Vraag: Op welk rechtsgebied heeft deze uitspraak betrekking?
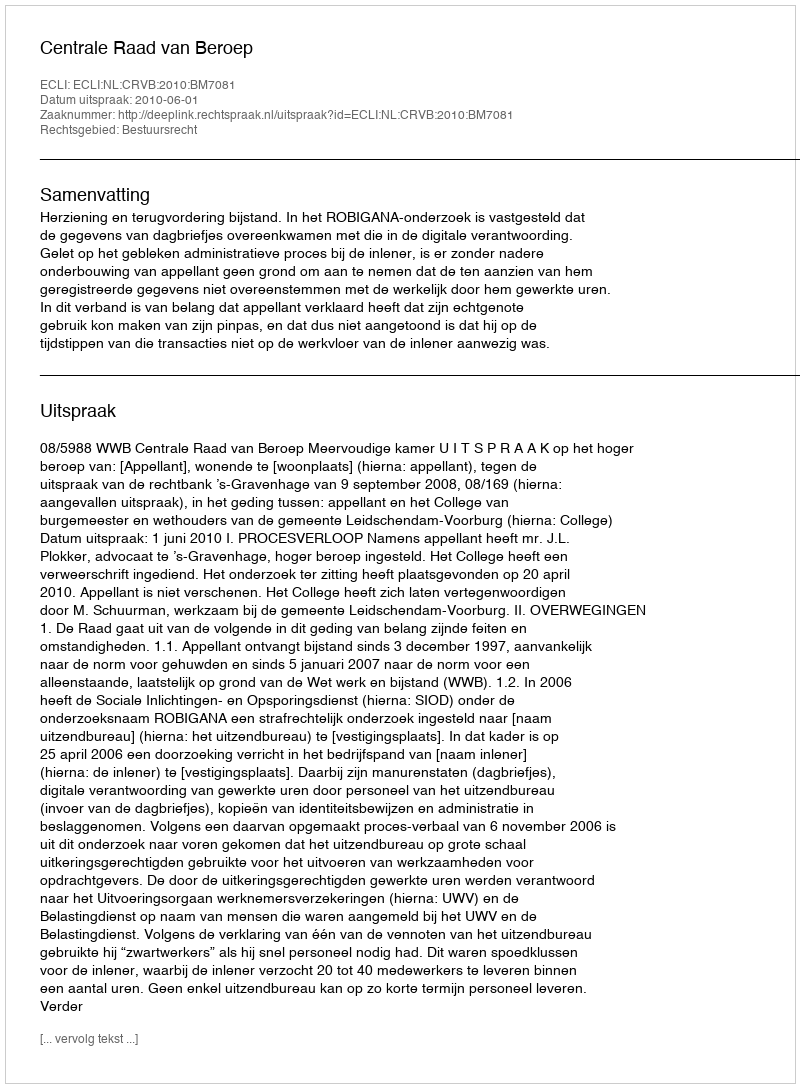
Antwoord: Bestuursrecht